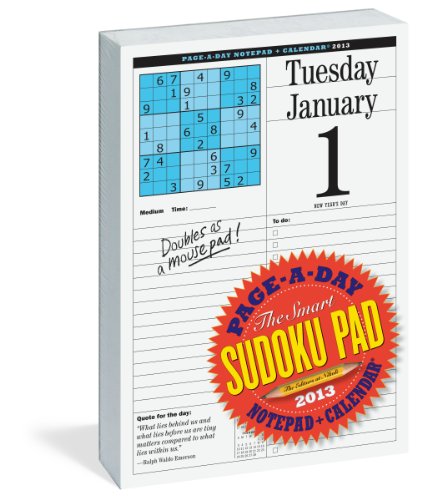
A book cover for The Smart Sudoku 2013 Page-A-Day Calendar; Editors at Nikoli; Calendars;